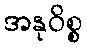
အနုဝိစ္စ